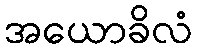
အယောခိလံ